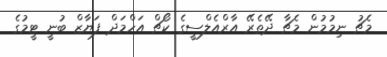
މެޗު ނިމުމުން މެޗާ ދޭތެރޭ އާރްއެލްސީގެ ކޯޗް އަހްމަދް ފަޔާޒް ބުނީ ޓީމުގެ